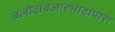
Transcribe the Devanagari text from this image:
बलोदाबज़ारभाटापारा